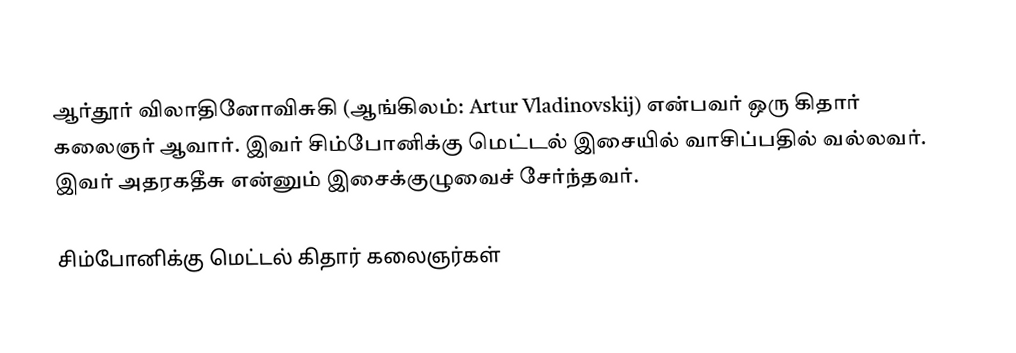
ஆர்தூர் விலாதினோவிசுகி (ஆங்கிலம்: Artur Vladinovskij) என்பவர் ஒரு கிதார் கலைஞர் ஆவார். இவர் சிம்போனிக்கு மெட்டல் இசையில் வாசிப்பதில் வல்லவர். இவர் அதரகதீசு என்னும் இசைக்குழுவைச் சேர்ந்தவர்.

சிம்போனிக்கு மெட்டல் கிதார் கலைஞர்கள்